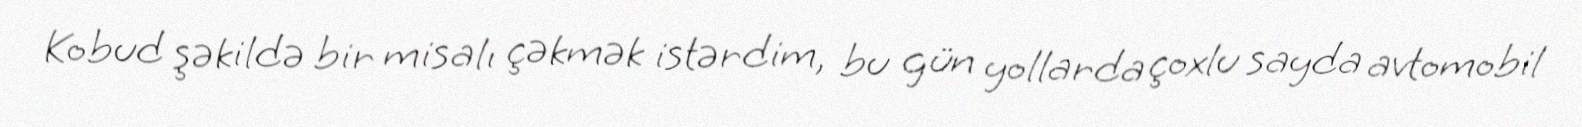
Kobud şəkildə bir misalı çəkmək istərdim, bu gün yollarda çoxlu sayda avtomobil